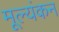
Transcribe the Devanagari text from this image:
मूल्यंकन